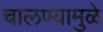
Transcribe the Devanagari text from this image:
चालण्यामुळे